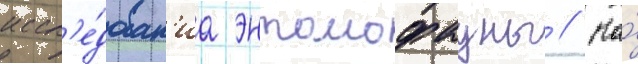
иссл'е́дован'иа энтомофауны // На́